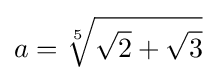
a={\sqrt[{5}]{{\sqrt {2}}+{\sqrt {3}}}}